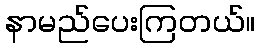
နာမည်ပေးကြတယ်။